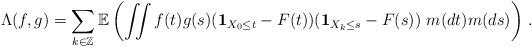
LaTeX: \begin{align*}\Lambda(f,g)= \sum_{k \in {\mathbb Z}} {\mathbb{E}}\left( \iint f(t)g(s) ({\mathbf{1}}_{X_0 \leq t}-F(t)) ({\mathbf{1}}_{X_k \leq s}-F(s)) \ m(dt) m(ds) \right)\, .\end{align*}